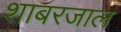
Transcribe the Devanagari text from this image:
शाबरजाल